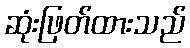
ဆုံးဖြတ်ထားသည်